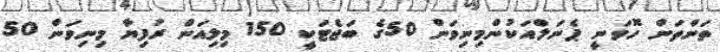
ތަންތަން ހޮވަނީ ޕެނަލްއަކުންމިނިވަން 50ގެ ބަޖެޓަކީ 150 މިލިއަން ރުފިޔާ މިނިވަން 50